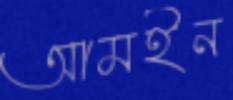
আমইন